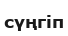
сүңгіп